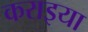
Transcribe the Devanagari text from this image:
कराइया